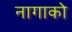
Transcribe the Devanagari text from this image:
नागाको